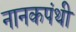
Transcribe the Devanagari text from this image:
नानकपंथी